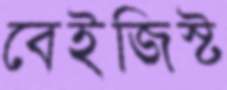
বেইজিস্ট